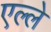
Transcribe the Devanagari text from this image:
एल्ले